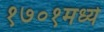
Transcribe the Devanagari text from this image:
१७०१मध्ये